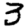
Digit: 3